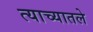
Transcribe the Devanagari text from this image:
त्याच्यातले